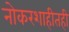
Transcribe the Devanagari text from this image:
नोकरशाहीतही